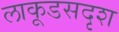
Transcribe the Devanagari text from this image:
लाकूडसदृश